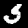
Label: 5